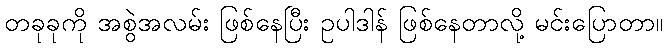
တခုခုကို အစွဲအလမ်း ဖြစ်နေပြီး ဥပါဒါန် ဖြစ်နေတာလို့ မင်းပြောတာ။